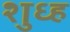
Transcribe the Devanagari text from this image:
शुध्ह